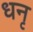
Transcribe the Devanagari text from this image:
धनृ